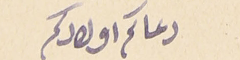
دعاكم اولادكم